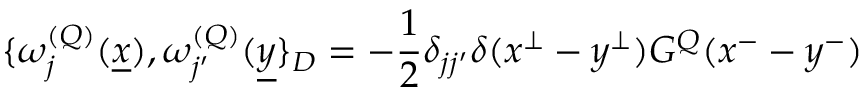
\{ \omega _ { j } ^ { ( { \cal Q } ) } ( \underline { { { x } } } ) , \omega _ { j ^ { \prime } } ^ { ( { \cal Q } ) } ( \underline { { { y } } } \} _ { D } = - \frac { 1 } { 2 } \delta _ { j j ^ { \prime } } \delta ( x ^ { \perp } - y ^ { \perp } ) G ^ { { \cal Q } } ( x ^ { - } - y ^ { - } )